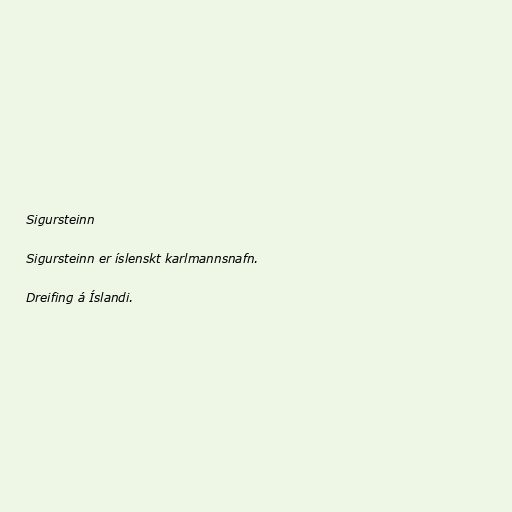
Sigursteinn

Sigursteinn er íslenskt karlmannsnafn.

Dreifing á Íslandi.